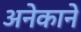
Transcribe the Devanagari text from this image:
अनेकाने